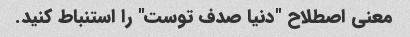
معنی اصطلاح "دنیا صدف توست" را استنباط کنید.